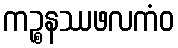
ကဉ္စနဿဖလကံဝ